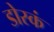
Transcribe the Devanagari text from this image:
डोस्कं